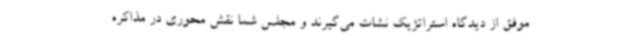
موفق از دیدگاه استراتژیک نشات می‌گیرند و مجلس شما نقش محوری در مذاکره